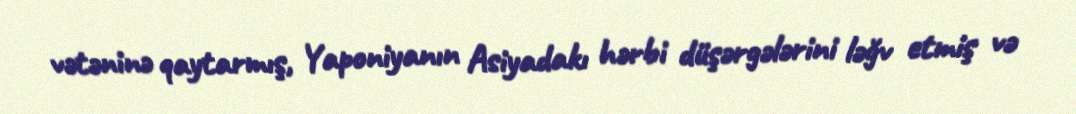
vətəninə qaytarmış, Yaponiyanın Asiyadakı hərbi düşərgələrini ləğv etmiş və